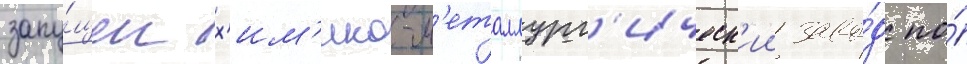
запу́щен х'им'ико-м'еталлург'ическ'ии заво́д по́